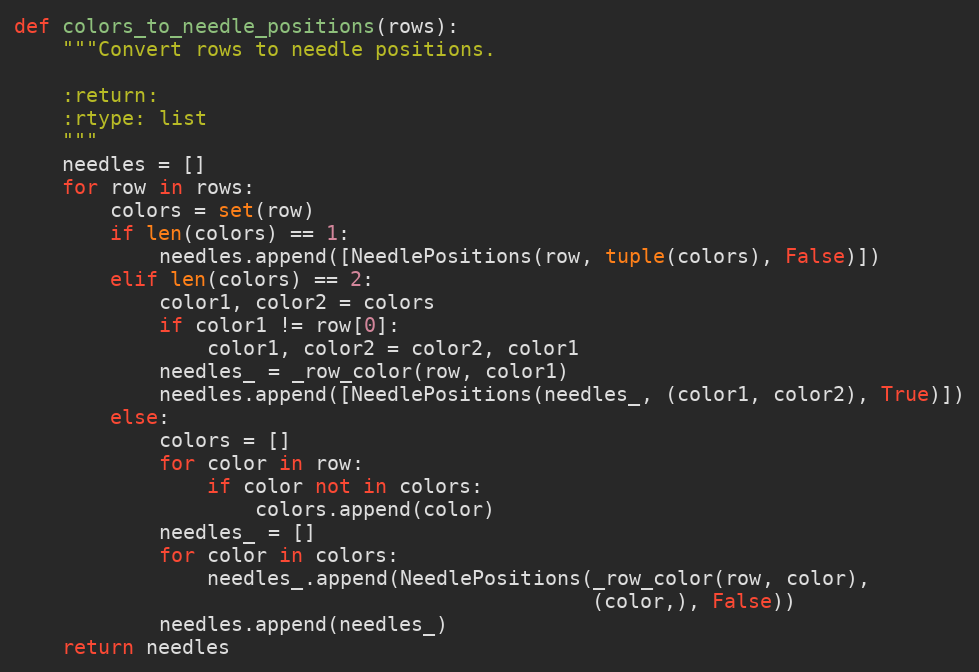
Language: Python
def colors_to_needle_positions(rows):
    """Convert rows to needle positions.

    :return:
    :rtype: list
    """
    needles = []
    for row in rows:
        colors = set(row)
        if len(colors) == 1:
            needles.append([NeedlePositions(row, tuple(colors), False)])
        elif len(colors) == 2:
            color1, color2 = colors
            if color1 != row[0]:
                color1, color2 = color2, color1
            needles_ = _row_color(row, color1)
            needles.append([NeedlePositions(needles_, (color1, color2), True)])
        else:
            colors = []
            for color in row:
                if color not in colors:
                    colors.append(color)
            needles_ = []
            for color in colors:
                needles_.append(NeedlePositions(_row_color(row, color),
                                                (color,), False))
            needles.append(needles_)
    return needles